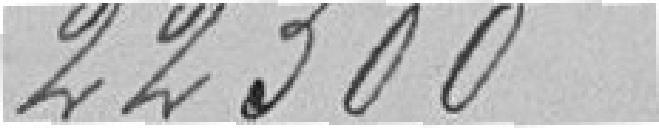
22300